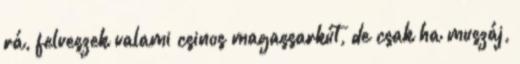
rá, felveszek valami csinos magassarkút, de csak ha muszáj,